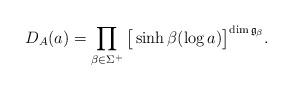
LaTeX: \begin{align*}D_{A}(a)=\prod_{\beta\in\Sigma^+}\big[\sinh \beta(\log a)\big]^{\dim \frak{g}_{\beta}}.\end{align*}